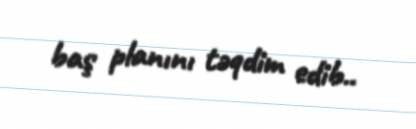
baş planını təqdim edib..